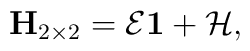
{\bf H}_{2\times 2}={\cal E}{\bf 1}+{\cal H,}